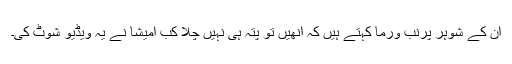
ان کے شوہر پرنب ورما کہتے ہیں کہ انھیں تو پتہ ہی نہیں چلا کب امیشا نے یہ ویڈیو شوٹ کی۔